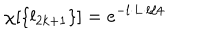
\chi [ \{ l _ { 2 k + 1 } \} ] = e ^ { - l \cdot L \cdot l / 4 }